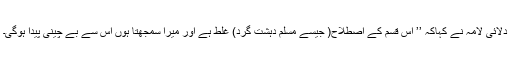
دلائی لامہ نے کہاکہ ’’ اس قسم کے اصطلاح( جیسے مسلم دہشت گرد) غلط ہے اور میرا سمجھتا ہوں اس سے بے چینی پیدا ہوگی۔